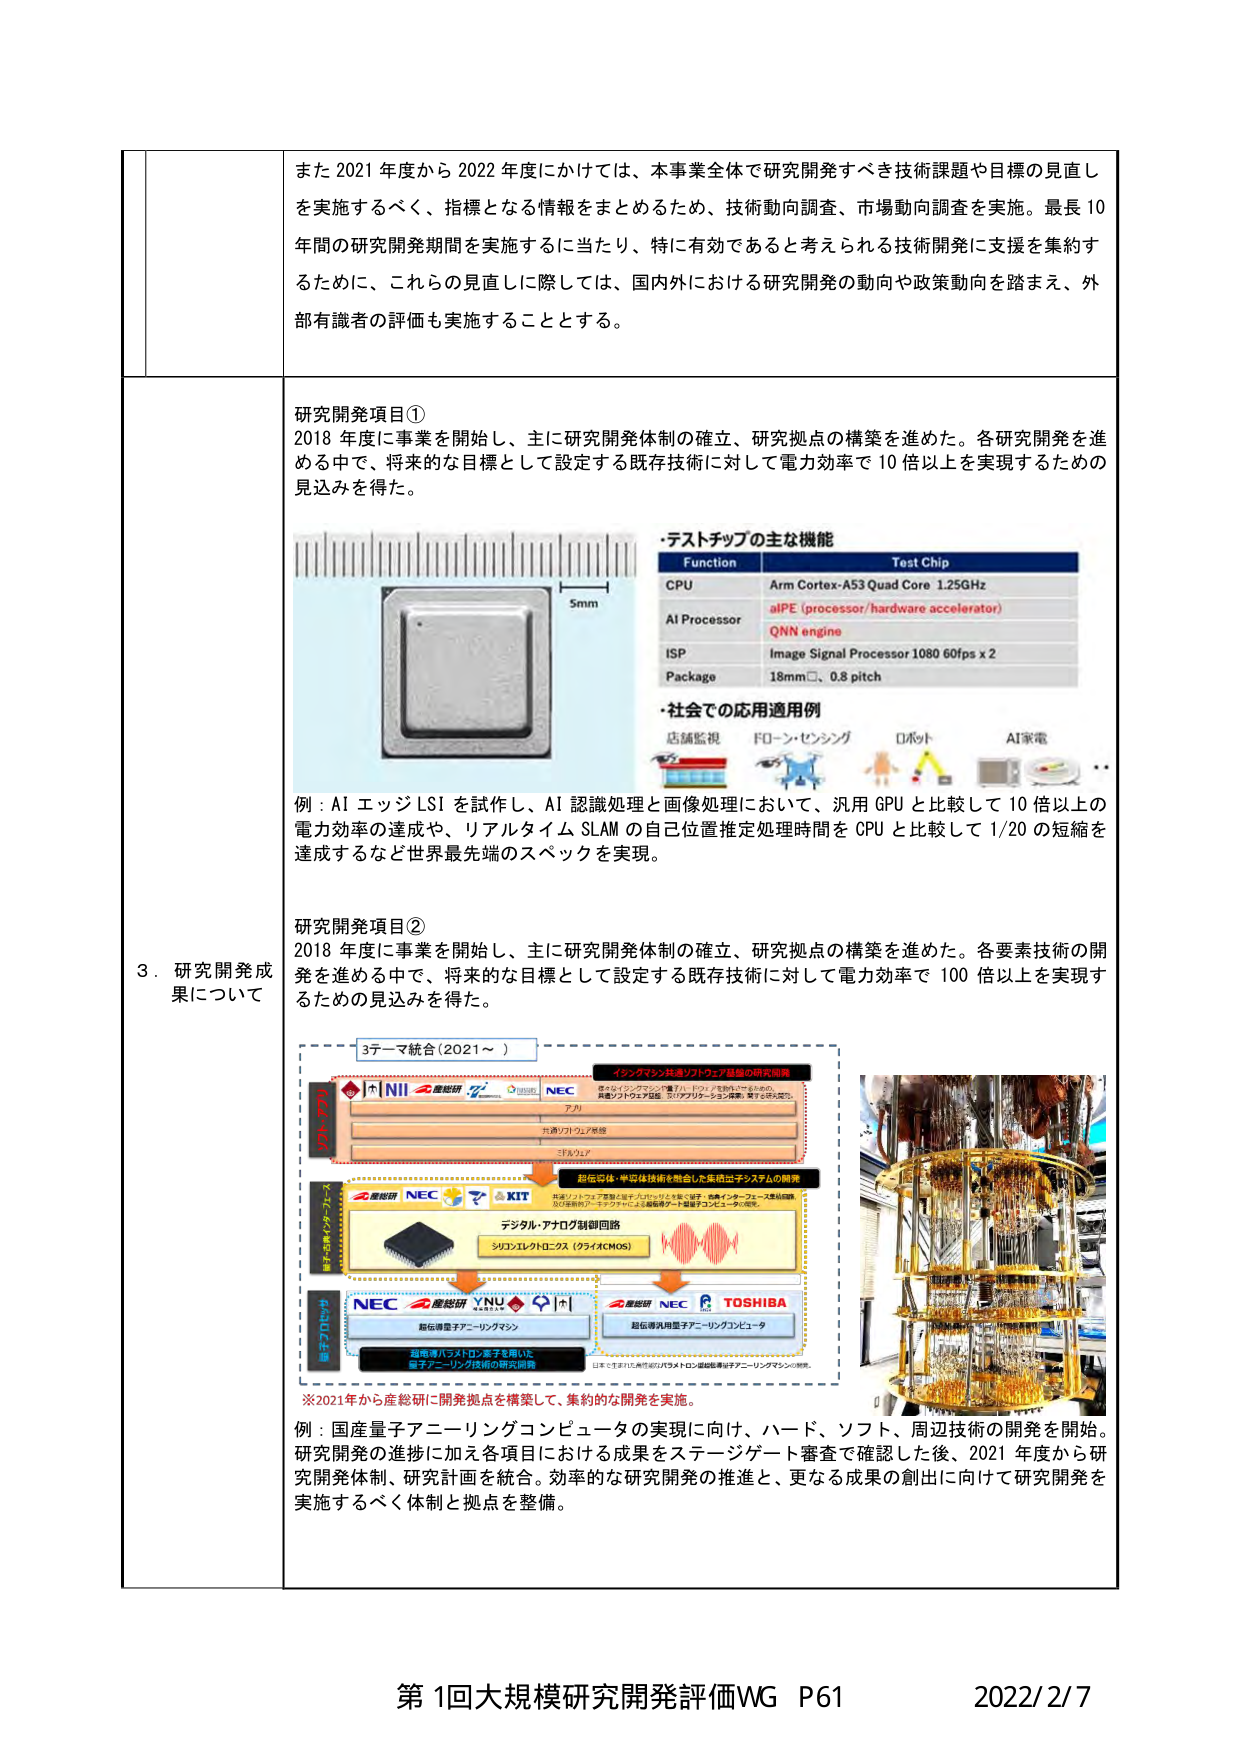
また 2021 年度から 2022 年度にかけては、本事業全体で研究開発すべき技術課題や目標の見直しを実施するべく、指標となる情報をまとめるため、技術動向調査、市場動向調査を実施。最長 10 年間の研究開発期間を実施するに当たり、特に有効であると考えられる技術開発に支援を集約するために、これらの見直しに際しては、国内外における研究開発の動向や政策動向を踏まえ、外部有識者の評価も実施することとする。

研究開発項目①
2018 年度に事業を開始し、主に研究開発体制の確立、研究拠点の構築を進めた。各研究開発を進める中で、将来的な目標として設定する既存技術に対して電力効率で 10 倍以上を実現するための見込みを得た。

・テストチップの主な機能
Function Test Chip
CPU Arm Cortex-A53 Quad Core 1.25GHz
AI Processor aIPE (processor/hardware accelerator)
QNN engine
ISP Image Signal Processor 1080 60fps x 2
Package 18mm□、0.8 pitch

・社会での応用適用例
店舗監視 ドローン・センシング ロボット AI家電

例：AI エッジ LSI を試作し、AI 認識処理と画像処理において、汎用 GPU と比較して 10 倍以上の電力効率の達成や、リアルタイム SLAM の自己位置推定処理時間を CPU と比較して 1/20 の短縮を達成するなど世界最先端のスペックを実現。

研究開発項目②
2018 年度に事業を開始し、主に研究開発体制の確立、研究拠点の構築を進めた。各要素技術の開発を進める中で、将来的な目標として設定する既存技術に対して電力効率で 100 倍以上を実現するための見込みを得た。

3テーマ統合（2021～ ）
インクマシン共通ソフトウェア基盤の研究開発
NII 産総研 NEC
量子なインクマシンを「量子」・「ロジックを制御」するための、
共通ソフトウェア基盤、及びアプリケーション開発、量子・ロジック間の
共通ソフトウェア基盤
ミドルウェア
超伝導体・半導体技術を融合した集積回路チップの開発
産総研 NEC KIT
超伝導/シリコンを融合したチップを実現。超伝導/インター・フェースを制御、
及び超伝導/アーキテクチャによる超伝導ゲート集積回路コンピュータの開発。
デジタル・アナログ制御回路
シリコンエレクトロニクス（ウライxCMOS）
NEC 産総研 YNU
超伝導量子アニーリングマシン
超伝導汎用量子アニーリングコンピュータ
超伝導/パラメトロン素子を用いた
量子アニーリング技術の研究開発
※2021年から産総研に開発拠点を構築して、集約的な開発を実施。
例：国産量子アニーリングコンピュータの実現に向け、ハード、ソフト、周辺技術の開発を開始。研究開発の進捗に加え各項目における成果をステージゲート審査で確認した後、2021 年度から研究開発体制、研究計画を統合。効率的な研究開発の推進と、更なる成果の創出に向けて研究開発を実施するべく体制と拠点を整備。

第 1回大規模研究開発評価WG P61 2022/2/7